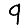
Digit: 9